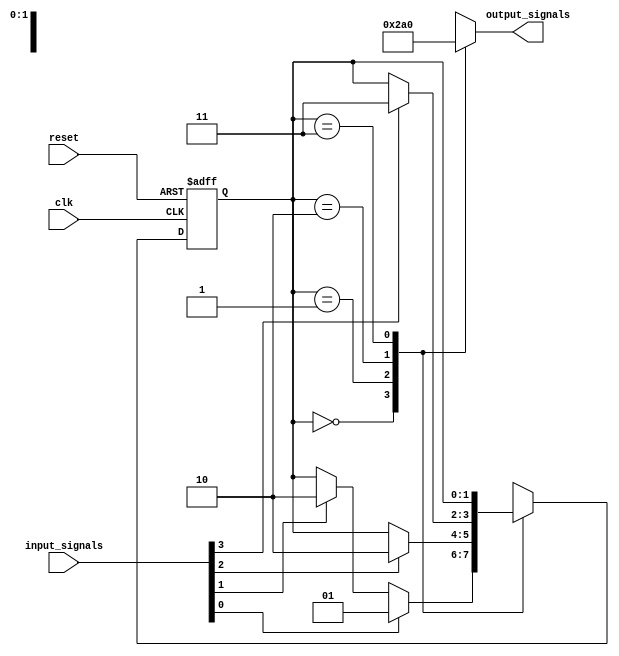
module state_machine(
    input wire clk,
    input wire reset,
    input wire [3:0] input_signals,
    output reg [2:0] output_signals
);

// State definition
parameter STATE_A = 3'd0;
parameter STATE_B = 3'd1;
parameter STATE_C = 3'd2;
parameter STATE_D = 3'd3;

// State register
reg [1:0] current_state;
reg [1:0] next_state;

always @(posedge clk or posedge reset) begin
    if (reset) begin
        current_state <= STATE_A;
    end else begin
        current_state <= next_state;
    end
end

// Next state logic block with priority encoding
always @(*) begin
    case(current_state)
        STATE_A: begin
            if (input_signals[0]) begin
                next_state = STATE_B;
            end else if (input_signals[1]) begin
                next_state = STATE_C;
            end else begin
                next_state = current_state;
            end
        end
        STATE_B: begin
            if (input_signals[2]) begin
                next_state = STATE_C;
            end else begin
                next_state = current_state;
            end
        end
        STATE_C: begin
            if (input_signals[3]) begin
                next_state = STATE_D;
            end else begin
                next_state = current_state;
            end
        end
        STATE_D: begin
            next_state = current_state;
        end
    endcase
end

// Output logic block
always @(*) begin
    case(current_state)
        STATE_A: output_signals = 3'b001;
        STATE_B: output_signals = 3'b010;
        STATE_C: output_signals = 3'b100;
        STATE_D: output_signals = 3'b000;
    endcase
end

endmodule